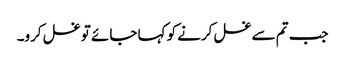
جب تم سے غسل کرنے کو کہا جائے تو غسل کرو۔